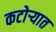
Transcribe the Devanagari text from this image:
कटोऱ्यात